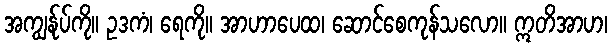
အကျွန်ုပ်ကို။ ဥဒကံ၊ ရေကို။ အာဟာပေထ၊ ဆောင်စေကုန်သလော။ ဣတိအာဟ၊